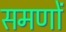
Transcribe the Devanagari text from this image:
समणों